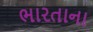
ભારતાના